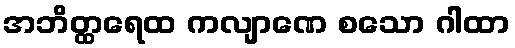
အဘိတ္ထရေထ ကလျာဏေ စသော ဂါထာ